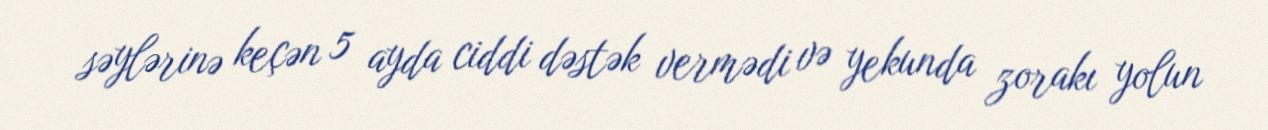
səylərinə keçən 5 ayda ciddi dəstək vermədi və yekunda zorakı yolun